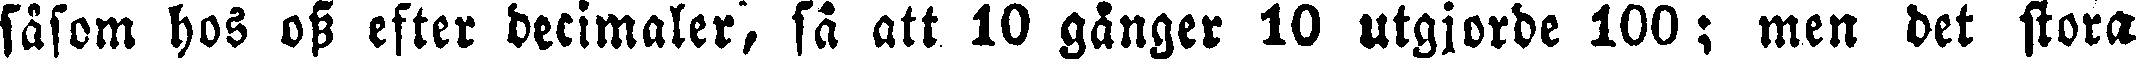
såsom hos oss efter decimaler, så att 10 gånger 10 utgjorde 100; men det stora